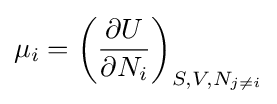
\mu _{i}=\left({\frac {\partial U}{\partial N_{i}}}\right)_{S,V,N_{j\neq i}}